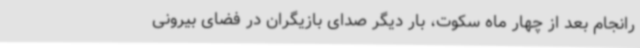
رانجام بعد از چهار ماه سکوت، بار دیگر صدای بازیگران در فضای بیرونی